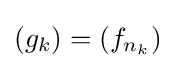
(g_{k})=(f_{n_{k}})